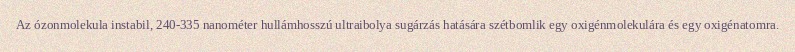
Az ózonmolekula instabil, 240-335 nanométer hullámhosszú ultraibolya sugárzás hatására szétbomlik egy oxigénmolekulára és egy oxigénatomra.